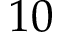
1 0